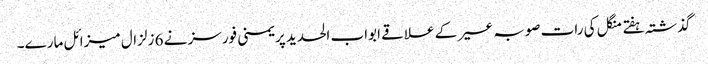
گذشتہ ہفتے منگل کی رات صوبہ عسیر کے علاقے ابواب الحدید پر یمنی فورسز نے 6 زلزال میزائل مارے۔